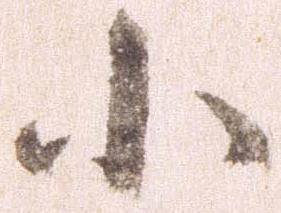
小